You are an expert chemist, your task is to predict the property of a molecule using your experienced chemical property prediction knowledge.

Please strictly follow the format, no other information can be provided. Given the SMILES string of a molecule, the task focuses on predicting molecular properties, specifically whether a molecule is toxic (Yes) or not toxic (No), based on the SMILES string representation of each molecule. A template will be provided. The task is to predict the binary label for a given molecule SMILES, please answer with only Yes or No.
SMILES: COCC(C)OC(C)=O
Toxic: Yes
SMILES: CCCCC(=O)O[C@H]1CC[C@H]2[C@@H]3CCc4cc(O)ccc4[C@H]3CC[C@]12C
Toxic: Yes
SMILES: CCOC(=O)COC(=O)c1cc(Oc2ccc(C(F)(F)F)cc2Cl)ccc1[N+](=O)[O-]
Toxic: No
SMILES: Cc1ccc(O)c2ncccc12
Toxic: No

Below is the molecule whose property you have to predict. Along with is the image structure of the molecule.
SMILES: CCN(CC)C1CCCCC1
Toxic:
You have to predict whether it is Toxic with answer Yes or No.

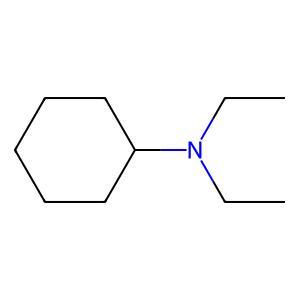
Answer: No